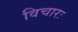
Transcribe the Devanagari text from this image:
विचारः